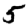
Digit: 5